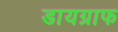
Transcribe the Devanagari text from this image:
डायग्राफ